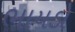
ભાયડો